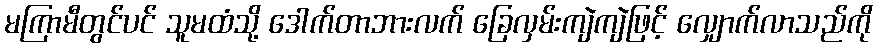
မကြာမီတွင်ပင် သူမထံသို့ ဒေါက်တာဘားလက် ခြေလှမ်းကျဲကျဲဖြင့် လျှောက်လာသည်ကို